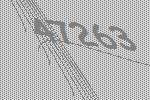
47263